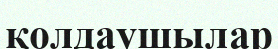
қолдаушылар